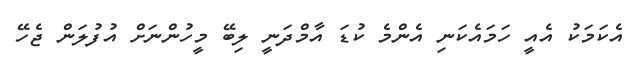
އެކަމަކު އެއީ ހަމައެކަނި އެންމެ ކުޑަ އާމްދަނީ ލިބޭ މީހުންނަށް އުފުލަން ޖެހޭ